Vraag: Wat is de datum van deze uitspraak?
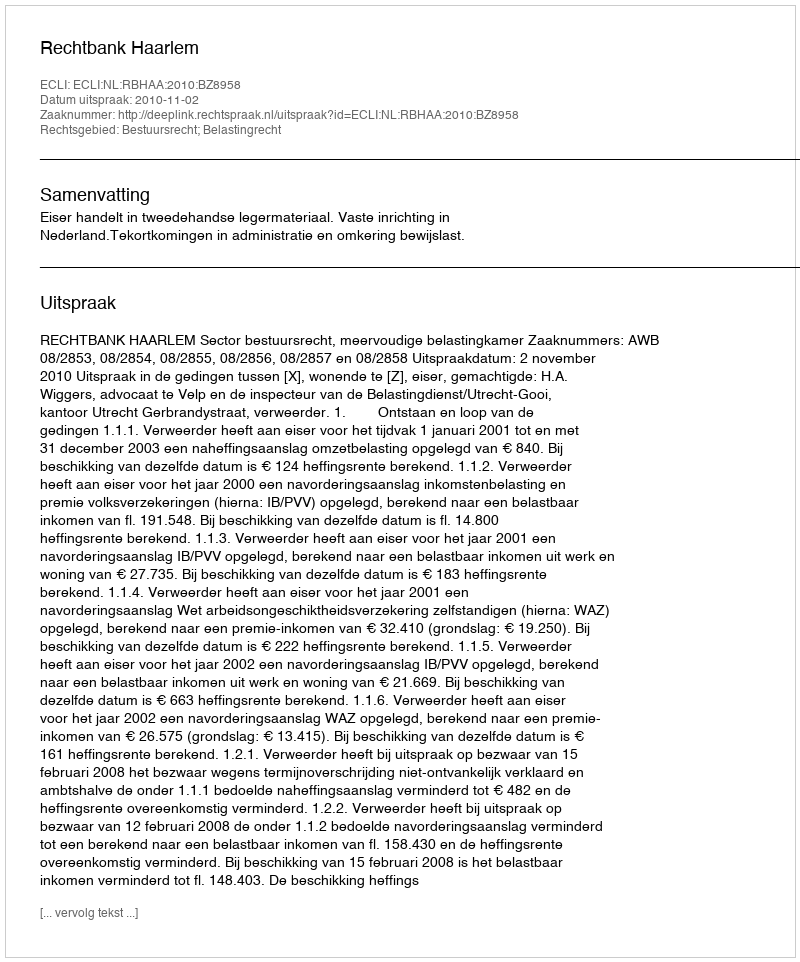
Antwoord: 2010-11-02